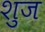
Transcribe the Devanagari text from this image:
शुज